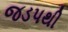
જડપથી